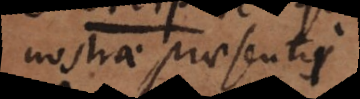
nostrae praesentis